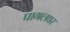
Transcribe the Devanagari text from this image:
पागलघर